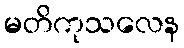
မတိကုသလေန